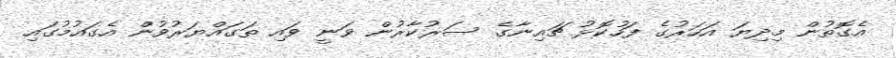
އެގޮތުން މިދިޔަ އަހަރުގެ ފަހުކޮޅު ޗައިނާގެ ސަރުކާރުން ވަނީ ވައި ތަގައްޔަރުވުން އެގައުމުގައި